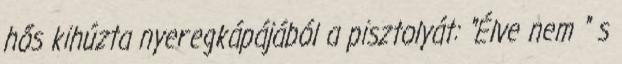
hős kihúzta nyeregkápájából a pisztolyát: "Élve nem " s